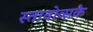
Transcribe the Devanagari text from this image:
स्तावोव्सके